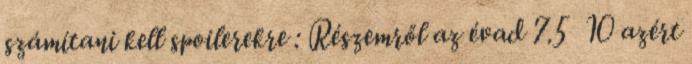
számítani kell spoilerekre : Részemről az évad 7.5 10 azért